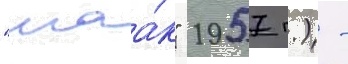
"маа́к" 1957 г.) -